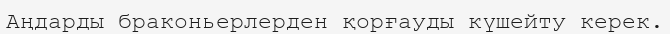
Аңдарды браконьерлерден қорғауды күшейту керек.